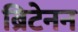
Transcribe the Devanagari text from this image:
ब्रिटेनन